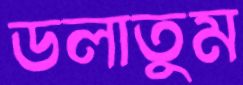
ডলাতুম